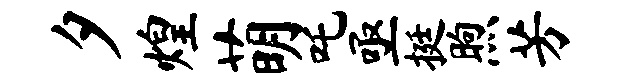
夕煌萌吒亟挺煦芳